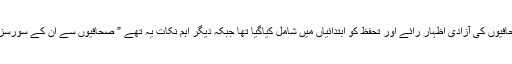
پروٹیکشن آف جرنلسٹ ایکٹ کے اہم نکات میں صحافیوں کی آزادی اظہار رائے اور تحفظ کو ابتدائیاں میں شامل کیاگیا تھا جبکہ دیگر اہم نکات یہ تھے ” صحافیوں سے اُن کے سورسز(ذرائع) معلوم کرنے کے لئے دباؤ نہ ڈالا جائےگا۔